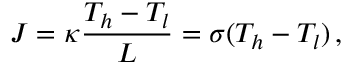
J = \kappa \frac { T _ { h } - T _ { l } } { L } = \sigma ( T _ { h } - T _ { l } ) \, ,